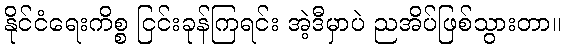
နိုင်ငံရေးကိစ္စ ငြင်းခုန်ကြရင်း အဲ့ဒီမှာပဲ ညအိပ်ဖြစ်သွားတာ။